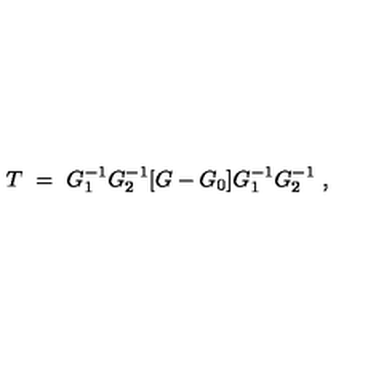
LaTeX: T \ = \ G _ { 1 } ^ { - 1 } G _ { 2 } ^ { - 1 } [ G - G _ { 0 } ] G _ { 1 } ^ { - 1 } G _ { 2 } ^ { - 1 } \ ,